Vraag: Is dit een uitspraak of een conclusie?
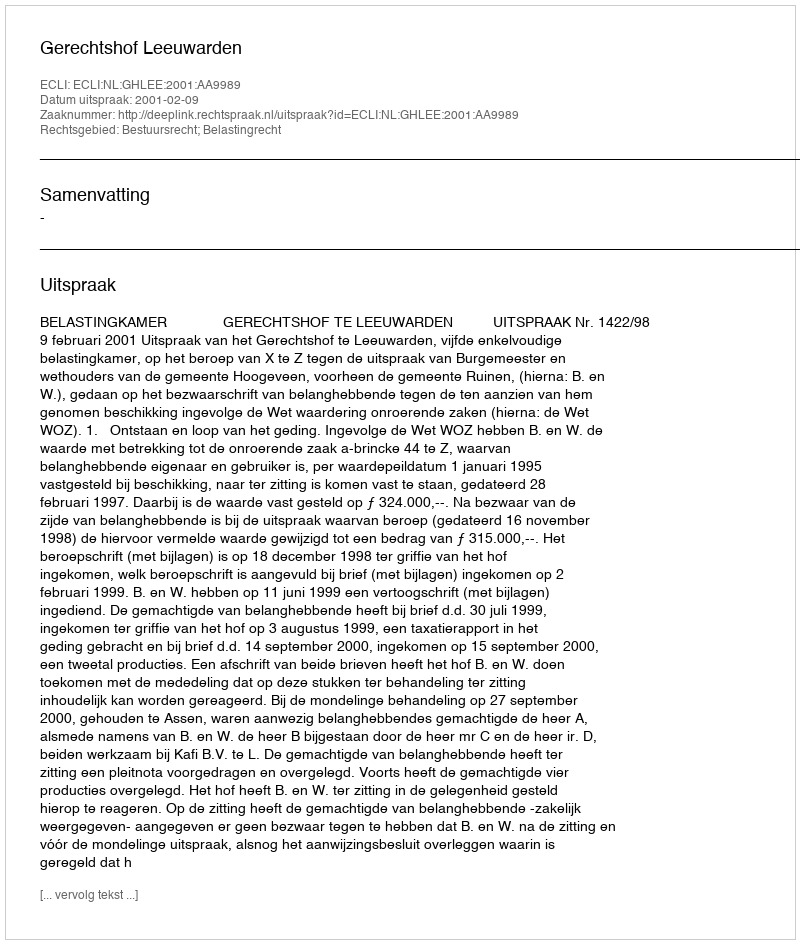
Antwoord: Uitspraak